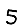
Digit: 5